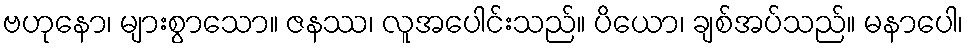
ဗဟုနော၊ များစွာသော။ ဇနဿ၊ လူအပေါင်းသည်။ ပိယော၊ ချစ်အပ်သည်။ မနာပေါ၊